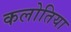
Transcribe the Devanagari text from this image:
कलोतिया